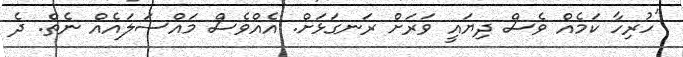
"ހުރިހާ ކަމެއް ވެސް ދިޔައީ ވަރަށް ރަނގަޅަށް. އެއްވެސް މައްސަލައެއް ނެތް. ދެ